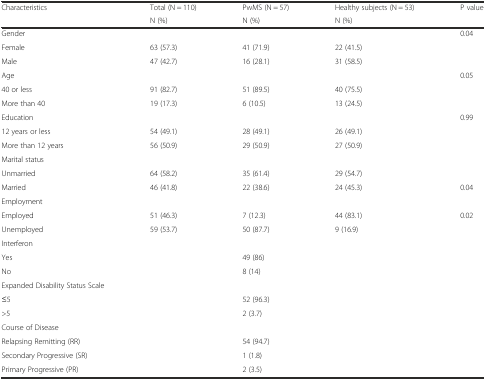
<table><thead><tr><td><b>Characteristics</b></td><td><b>Total (N = 110)</b></td><td><b>PwMS (N = 57)</b></td><td><b>Healthy subjects (N = 53)</b></td><td><b>P value</b></td></tr><tr><td>[EMPTY_CELL]</td><td><b>N (%)</b></td><td><b>N (%)</b></td><td><b>N (%)</b></td><td>[EMPTY_CELL]</td></tr></thead><tbody><tr><td>Gender</td><td>[EMPTY_CELL]</td><td>[EMPTY_CELL]</td><td>[EMPTY_CELL]</td><td>0.04</td></tr><tr><td>Female</td><td>63 (57.3)</td><td>41 (71.9)</td><td>22 (41.5)</td><td>[EMPTY_CELL]</td></tr><tr><td>Male</td><td>47 (42.7)</td><td>16 (28.1)</td><td>31 (58.5)</td><td>[EMPTY_CELL]</td></tr><tr><td>Age</td><td>[EMPTY_CELL]</td><td>[EMPTY_CELL]</td><td>[EMPTY_CELL]</td><td>0.05</td></tr><tr><td>40 or less</td><td>91 (82.7)</td><td>51 (89.5)</td><td>40 (75.5)</td><td>[EMPTY_CELL]</td></tr><tr><td>More than 40</td><td>19 (17.3)</td><td>6 (10.5)</td><td>13 (24.5)</td><td>[EMPTY_CELL]</td></tr><tr><td>Education</td><td>[EMPTY_CELL]</td><td>[EMPTY_CELL]</td><td>[EMPTY_CELL]</td><td>0.99</td></tr><tr><td>12 years or less</td><td>54 (49.1)</td><td>28 (49.1)</td><td>26 (49.1)</td><td>[EMPTY_CELL]</td></tr><tr><td>More than 12 years</td><td>56 (50.9)</td><td>29 (50.9)</td><td>27 (50.9)</td><td>[EMPTY_CELL]</td></tr><tr><td>Marital status</td><td>[EMPTY_CELL]</td><td>[EMPTY_CELL]</td><td>[EMPTY_CELL]</td><td>[EMPTY_CELL]</td></tr><tr><td>Unmarried</td><td>64 (58.2)</td><td>35 (61.4)</td><td>29 (54.7)</td><td>[EMPTY_CELL]</td></tr><tr><td>Married</td><td>46 (41.8)</td><td>22 (38.6)</td><td>24 (45.3)</td><td>0.04</td></tr><tr><td>Employment</td><td>[EMPTY_CELL]</td><td>[EMPTY_CELL]</td><td>[EMPTY_CELL]</td><td>[EMPTY_CELL]</td></tr><tr><td>Employed</td><td>51 (46.3)</td><td>7 (12.3)</td><td>44 (83.1)</td><td>0.02</td></tr><tr><td>Unemployed</td><td>59 (53.7)</td><td>50 (87.7)</td><td>9 (16.9)</td><td>[EMPTY_CELL]</td></tr><tr><td>Interferon</td><td>[EMPTY_CELL]</td><td>[EMPTY_CELL]</td><td>[EMPTY_CELL]</td><td>[EMPTY_CELL]</td></tr><tr><td>Yes</td><td>[EMPTY_CELL]</td><td>49 (86)</td><td>[EMPTY_CELL]</td><td>[EMPTY_CELL]</td></tr><tr><td>No</td><td>[EMPTY_CELL]</td><td>8 (14)</td><td>[EMPTY_CELL]</td><td>[EMPTY_CELL]</td></tr><tr><td>Expanded Disability Status Scale</td><td>[EMPTY_CELL]</td><td>[EMPTY_CELL]</td><td>[EMPTY_CELL]</td><td>[EMPTY_CELL]</td></tr><tr><td>≤5</td><td>[EMPTY_CELL]</td><td>52 (96.3)</td><td>[EMPTY_CELL]</td><td>[EMPTY_CELL]</td></tr><tr><td>&gt;5</td><td>[EMPTY_CELL]</td><td>2 (3.7)</td><td>[EMPTY_CELL]</td><td>[EMPTY_CELL]</td></tr><tr><td>Course of Disease</td><td>[EMPTY_CELL]</td><td>[EMPTY_CELL]</td><td>[EMPTY_CELL]</td><td>[EMPTY_CELL]</td></tr><tr><td>Relapsing Remitting (RR)</td><td>[EMPTY_CELL]</td><td>54 (94.7)</td><td>[EMPTY_CELL]</td><td>[EMPTY_CELL]</td></tr><tr><td>Secondary Progressive (SR)</td><td>[EMPTY_CELL]</td><td>1 (1.8)</td><td>[EMPTY_CELL]</td><td>[EMPTY_CELL]</td></tr><tr><td>Primary Progressive (PR)</td><td>[EMPTY_CELL]</td><td>2 (3.5)</td><td>[EMPTY_CELL]</td><td>[EMPTY_CELL]</td></tr></tbody></table>